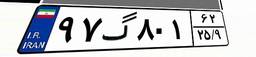
۹۷گ۸۰۱۶۲